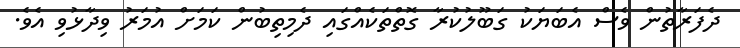
ދެފަރާތުން ވެސް އެބަޔަކު ގަބޫލުކުރާ ގޮތްތަކެއްގައި ދެމިތިބުން ކަމަށް އުމަރު ވިދާޅުވި އެވެ.